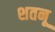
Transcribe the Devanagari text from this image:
शतनू